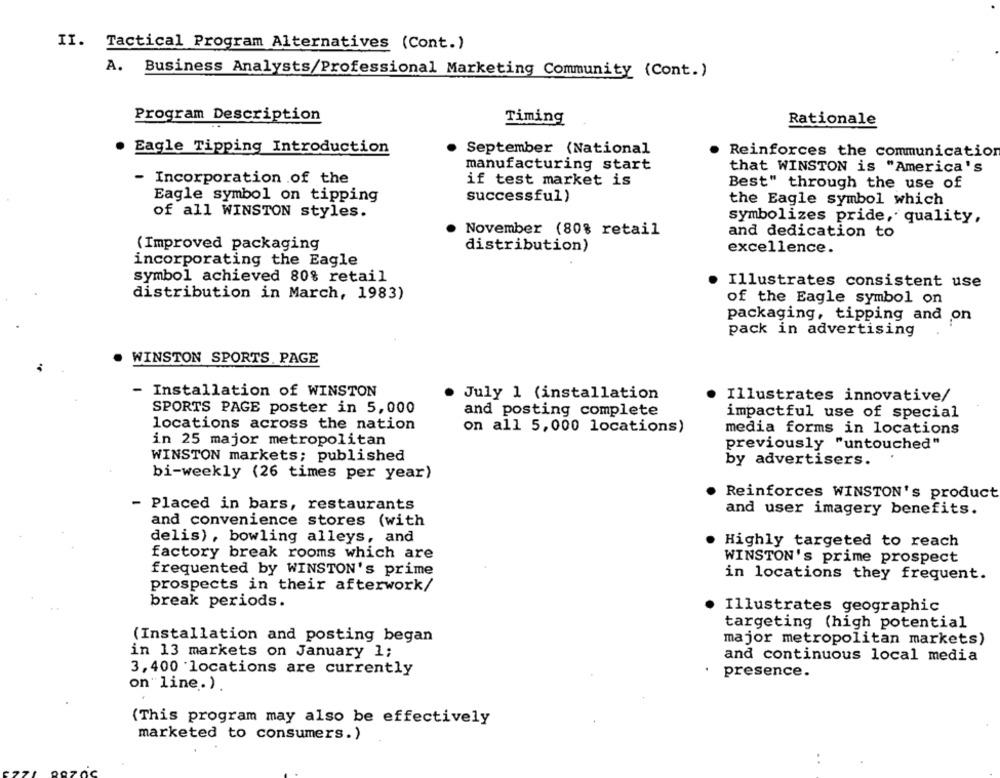
II. Tactical Program Alternatives (Cont.)
A. Business Analysts/Professional Marketing Community (Cont.)
Program Description
Timing
Rationale
. Eagle Tipping Introduction
. September (National
Reinforces the communication
manufacturing start
that WINSTON is "America's
Incorporation of the
if test market is
Best" through the use of
Eagle symbol on tipping
successful)
the Eagle symbol which
of all WINSTON styles.
symbolizes pride, quality,
. November (80% retail
and dedication to
(Improved packaging
distribution)
excellence.
incorporating the Eagle
symbol achieved 80% retail
Illustrates consistent use
distribution in March, 1983)
of the Eagle symbol on
packaging, tipping and on
pack in advertising
WINSTON SPORTS, PAGE
- Installation of WINSTON
July 1 (installation
Illustrates innovative/
SPORTS PAGE poster in 5,000
and posting complete
impactful use of special
locations across the nation
on all 5,000 locations)
media forms in locations
in 25 major metropolitan
previously "untouched"
WINSTON markets; published
by advertisers.
bi-weekly (26 times per year)
Reinforces WINSTON's product
- Placed in bars, restaurants
and user imagery benefits.
and convenience stores (with
delis), bowling alleys, and
Highly targeted to reach
factory break rooms which are
WINSTON's prime prospect
frequented by WINSTON's prime
in locations they frequent.
prospects in their afterwork/
break periods.
Illustrates geographic
targeting (high potential
(Installation and posting began
major metropolitan markets)
in 13 markets on January 1;
and continuous local media
3, 400 locations are currently
presence.
on"line.).
(This program may also be effectively
marketed to consumers.)
..